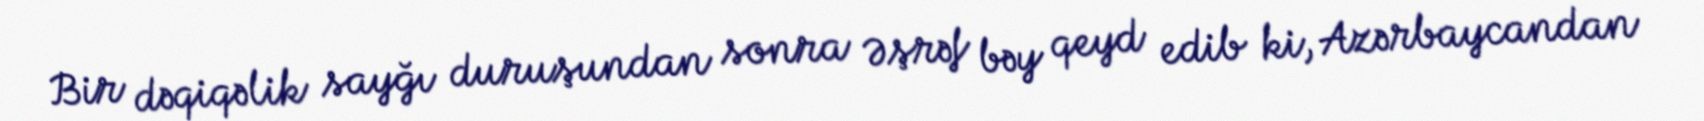
Bir dəqiqəlik sayğı duruşundan sonra Əşrəf bəy qeyd edib ki, Azərbaycandan